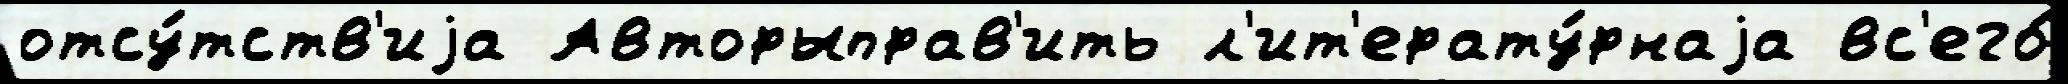
отсу́тств'иjа Авторыправ'ить л'ит'ерату́рнаjа вс'его́